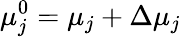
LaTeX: \mu_{j}^{0}=\mu_{j}+\Delta\mu_{j}